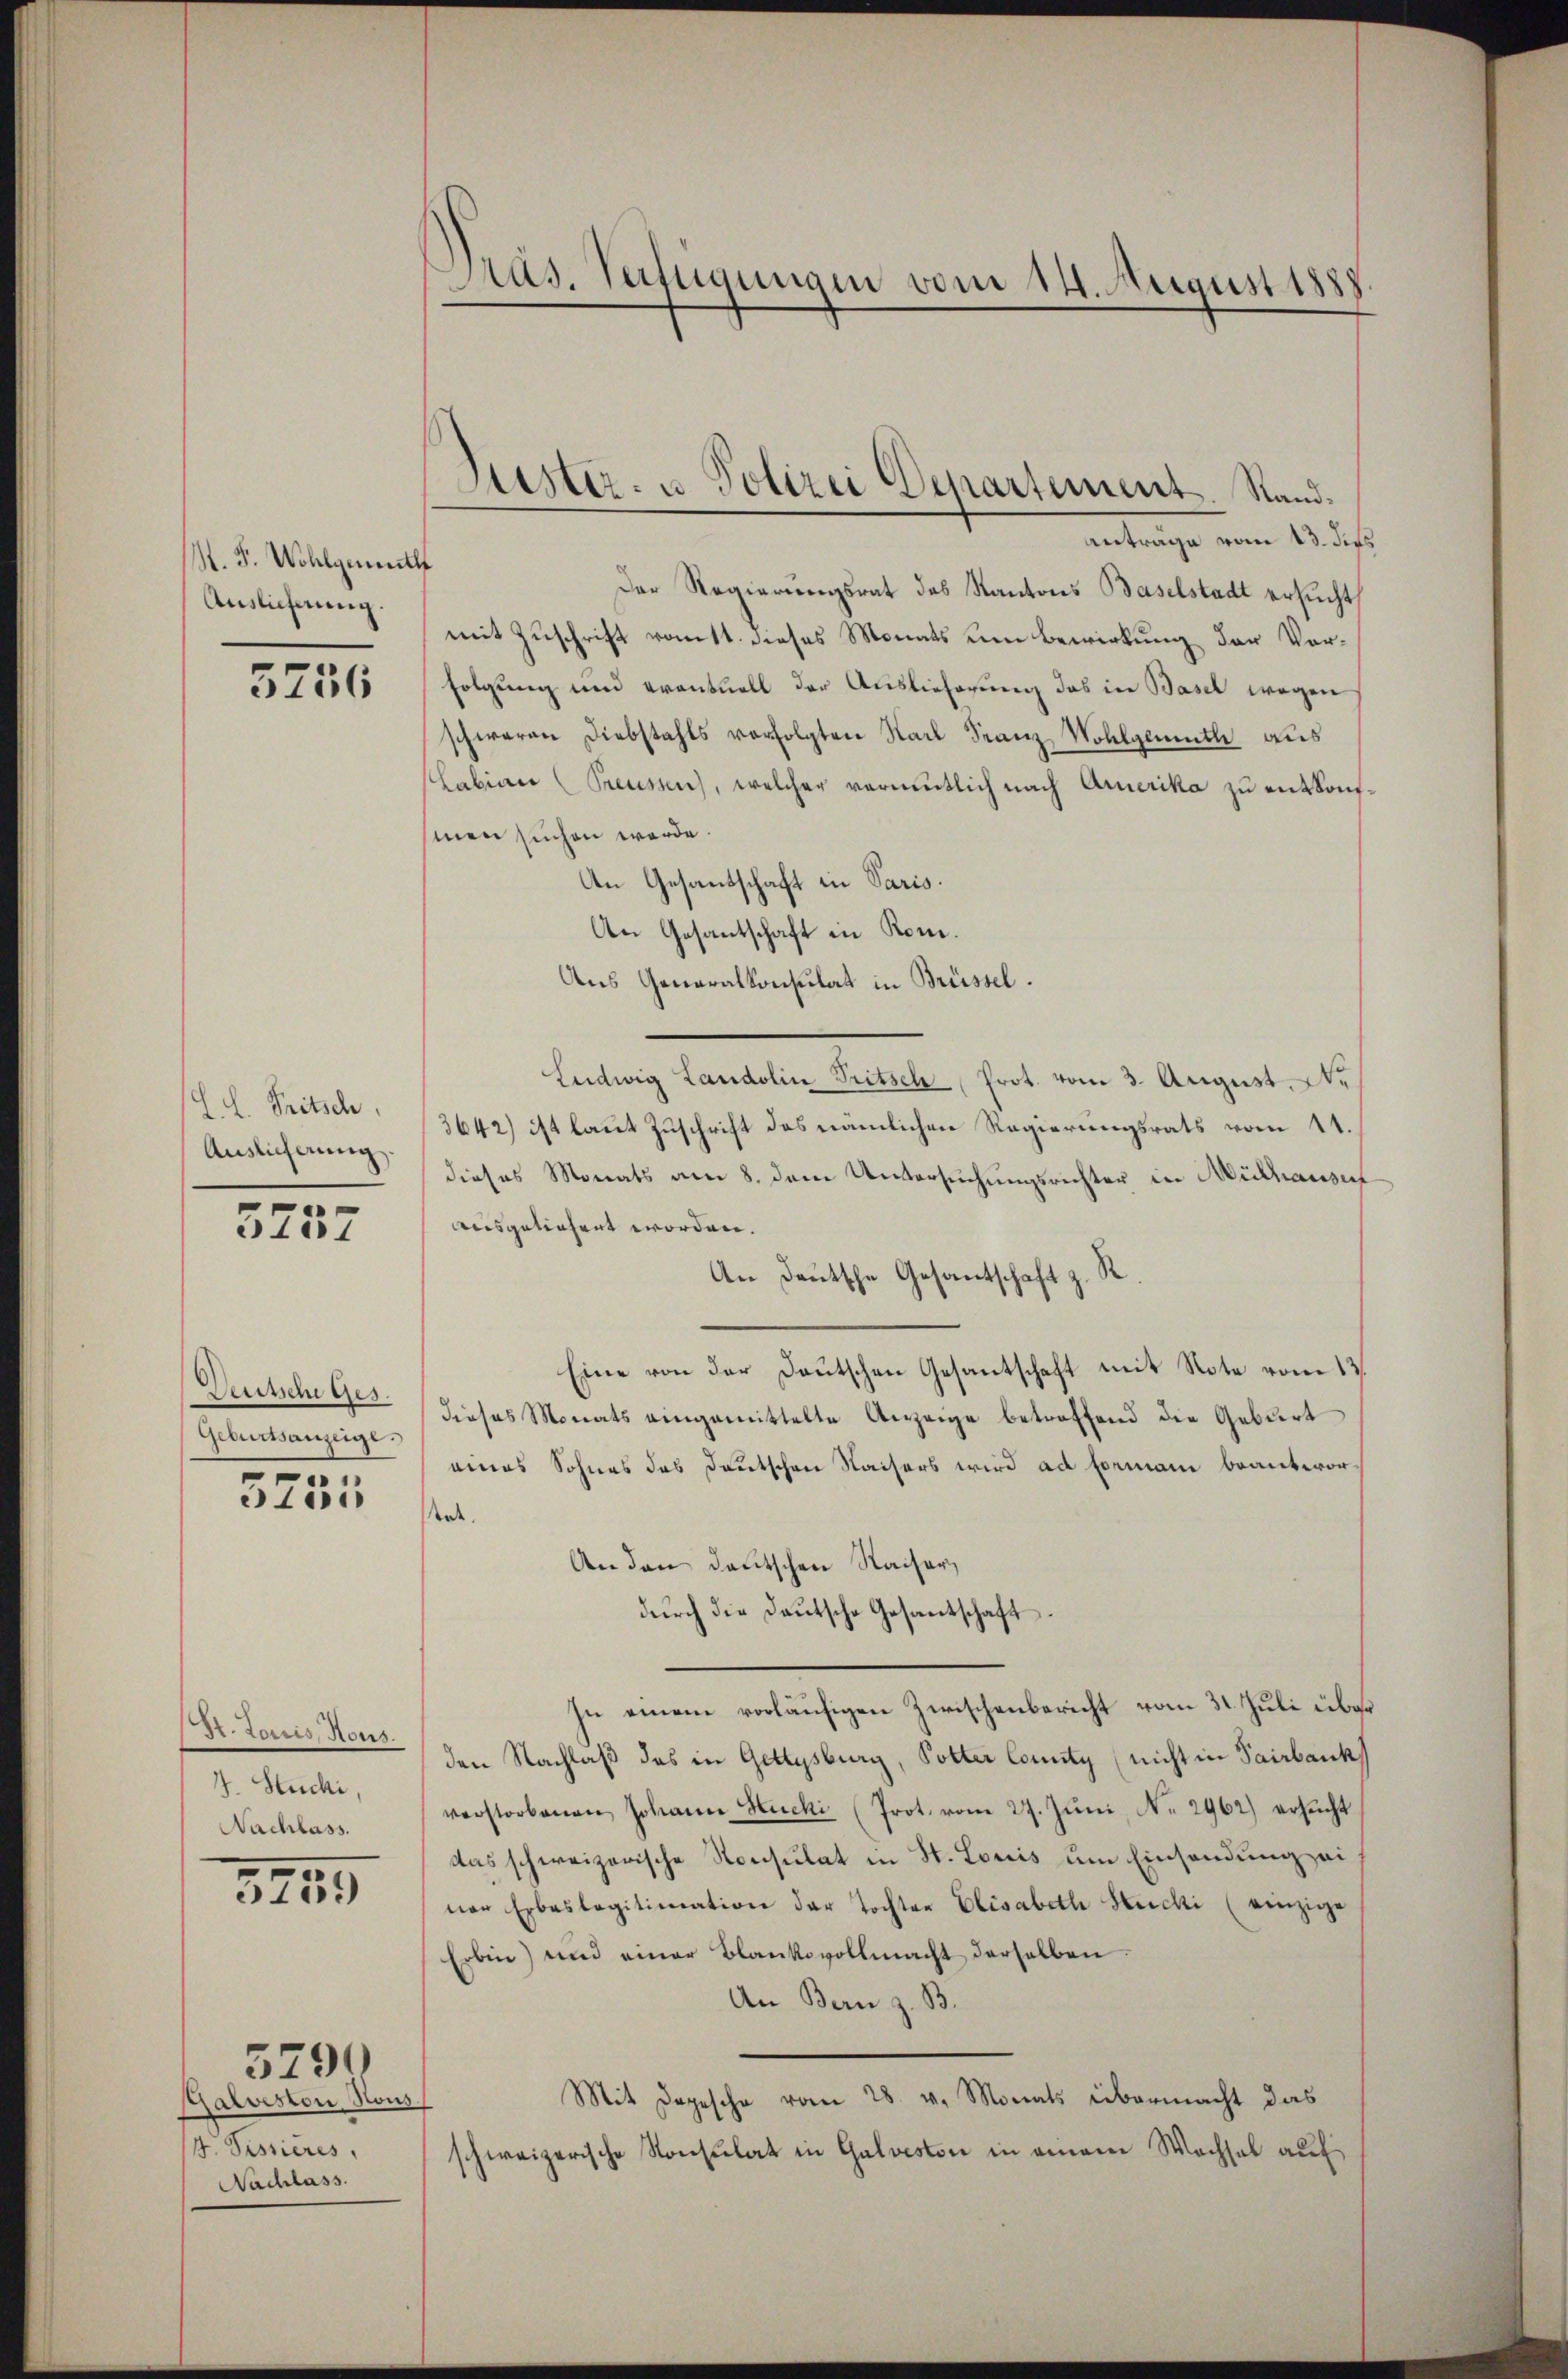
. F. Wohlgementl
Auslieferung

5756

L. H. Tritsch
Auslicherung

3737

Deutsche Ges.
Geburtsanzeige.
e

3151

Dr. Louis, Sous.
J. Stucki,
Nachlass.
3755

Galveston, Hous
4. Pessieres
Nachlass.

5790

Aas. Verfügungen vom 14. August 1888.

Justiz- u. Polizei Departement. Sand¬
Antrage vom 13. dies

Der Regierungsrat des Kantons Baselstadt ersucht,
mit Zuschrift ratt. Dieses Monats um Bewirkung der Vorfolgung und eventuell der Auslieferung das in Basel wegen
schweren Diebstahls vorfolgten Karl Franz Wohlgemuth aus
shabian Preussen, welcher vermutlich nach Arnerika zu entkonfmen suchen werde.
An Gesandschaft in Paris.
An Gesantschaft in Rom.
Aus Generalkonsulat in Brüssel.
Ludwig Landolin Tritsch Prot. vom 3. August. N.
3642) ist laut Zuschrift des nämlichen Regierungsrats vom 11.
dieses Monats am 8. dem Untersuchungsrechter in Mülhausen
ausgeliefert worden.
An Deutsche Gesantschaft z. R
Eine von der Deutschen Gesantschaft mit Note vom 13.
dieses Monats eingemittelte Anzeige betreffend die Geburt
eines Sohnes das Deutschen Waisers wird ad Formani beantwor
tet.
An den deutschen Kaiser,
dŭrch die Daŭtsche Gesandtschaft.
zu einem vorläufigen Zwischenbericht vom 31. Juli über
den Nachlaß das in Gettysburg, Potter County (nicht in Pairbank
verstorbenen Johann Hucki (Prot. vom 27. Jŭni, N. 2962) ersŭcht
das schweizerische Konsulat in St. Louis um Einsendung ei
ner Erbaslegitimation der Tochter Elisabeth Stucki (einzige
Erbine) und einer Blankovollmacht derselben
An Bern z. B.
Mit Depesche vom 28. v. Monats übermacht das
schweizerische Konsulat in Galveston in einem Wachsel auf